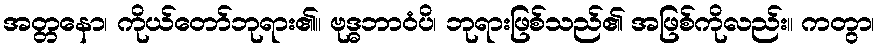
အတ္တနော၊ ကိုယ်တော်ဘုရား၏။ ဗုဒ္ဓဘာဝံပိ၊ ဘုရားဖြစ်သည်၏ အဖြစ်ကိုလည်း။ ကတွာ၊